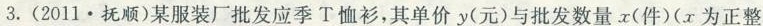
3.(2011·抚顺)某服装厂批发应季T恤衫，其单价y(元)与批发数量x(件)(x为正整